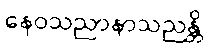
နေဝသညာနာသညန္တိ